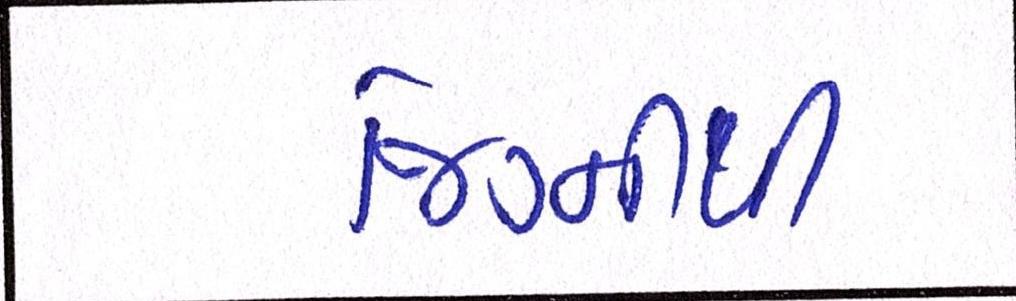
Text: જિગ્નીથી